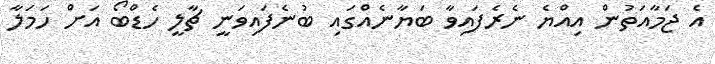
އެ ޖަމާއަތުން އިއްޔެ ނެރެފައިވާ ބަޔާނެއްގައި ބުނެފައިވަނީ ޗާލީ ހެޑްބޯ އަށް ހަމަލާ